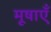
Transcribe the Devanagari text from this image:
मूषाएँ